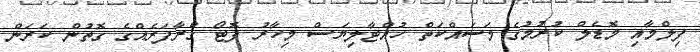
ފިލްމާއި މޮޑެލް ކުރުމުގެ މަސައްކަތް ހުއްޓާލިޔަސް މިހާރު ފޮޓޯ ގްރާފަރެއްގެ ގޮތުން ކަރަން